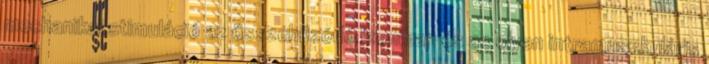
mechanikai stimuláció az összehúzódó izomban és az olyan intramuszkuláris